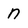
Character: n